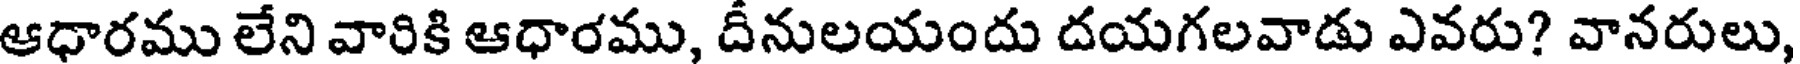
ఆధారము లేని వారికి ఆధారము, దీనులయందు దయగలవాడు ఎవరు? వానరులు,